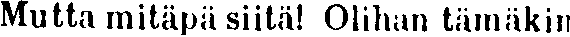
Mutta mitäpä siitä! Olihan tämäkin